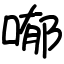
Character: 喐